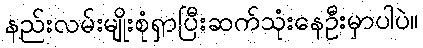
နည်းလမ်းမျိုးစုံရှာပြီးဆက်သုံးနေဦးမှာပါပဲ။